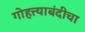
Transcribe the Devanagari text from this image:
गोहत्त्याबंदीचा